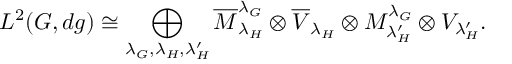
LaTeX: L ^ { 2 } ( G , d g ) \cong \bigoplus _ { \lambda _ { G } , \lambda _ { H } , \lambda _ { H } ^ { \prime } } \overline { { { M } } } _ { \lambda _ { H } } ^ { \lambda _ { G } } \otimes \overline { { { V } } } _ { { \lambda _ { H } } } \otimes M _ { \lambda _ { H } ^ { \prime } } ^ { \lambda _ { G } } \otimes V _ { \lambda _ { H } ^ { \prime } } .